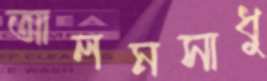
আলমসাধু